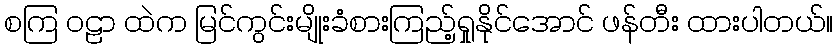
စကြ ဝဠာ ထဲက မြင်ကွင်းမျိုးခံစားကြည့်ရှုနိုင်အောင် ဖန်တီး ထားပါတယ်။